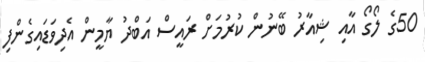
50ގެ ލޯގޯ އާއި ޝިއާރު ބޭނުން ކުރުމަށް ރައީސް އަބްދު ޔާމީން އެދިވަޑައިގެންފި